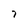
Character: 7